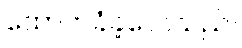
ထောက်ခံခဲ့လေသည်။